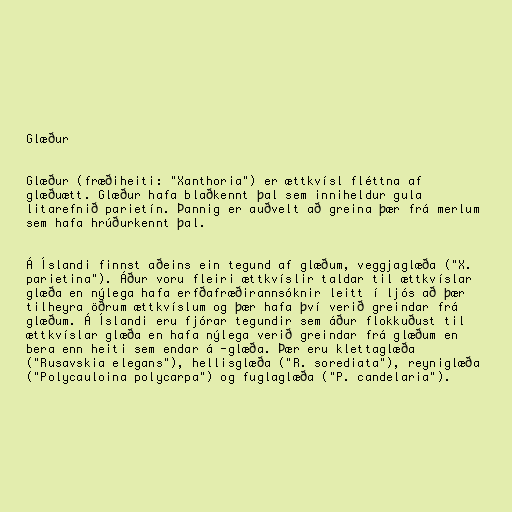
Glæður

Glæður (fræðiheiti: "Xanthoria") er ættkvísl fléttna af
glæðuætt. Glæður hafa blaðkennt þal sem inniheldur gula
litarefnið parietín. Þannig er auðvelt að greina þær frá merlum
sem hafa hrúðurkennt þal.

Á Íslandi finnst aðeins ein tegund af glæðum, veggjaglæða ("X.
parietina"). Áður voru fleiri ættkvíslir taldar til ættkvíslar
glæða en nýlega hafa erfðafræðirannsóknir leitt í ljós að þær
tilheyra öðrum ættkvíslum og þær hafa því verið greindar frá
glæðum. Á Íslandi eru fjórar tegundir sem áður flokkuðust til
ættkvíslar glæða en hafa nýlega verið greindar frá glæðum en
bera enn heiti sem endar á -glæða. Þær eru klettaglæða
("Rusavskia elegans"), hellisglæða ("R. sorediata"), reyniglæða
("Polycauloina polycarpa") og fuglaglæða ("P. candelaria").